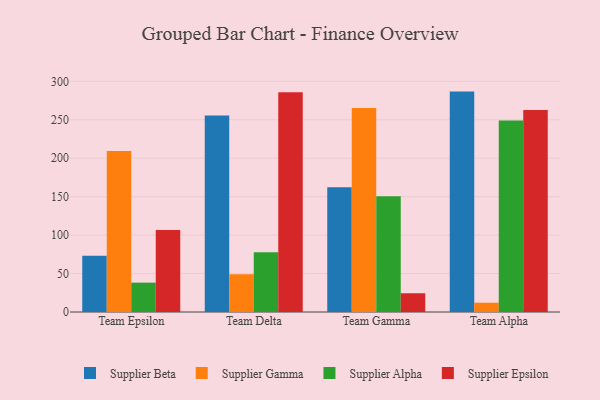
{"axis": {"x": "Team", "y": "Page Views"}, "legend": ["Supplier Alpha", "Supplier Beta", "Supplier Epsilon", "Supplier Gamma"], "data": [{"x": "Team Epsilon", "y": 73.1, "type": "Supplier Beta"}, {"x": "Team Epsilon", "y": 209.4, "type": "Supplier Gamma"}, {"x": "Team Epsilon", "y": 38.2, "type": "Supplier Alpha"}, {"x": "Team Epsilon", "y": 106.7, "type": "Supplier Epsilon"}, {"x": "Team Delta", "y": 255.5, "type": "Supplier Beta"}, {"x": "Team Delta", "y": 49.0, "type": "Supplier Gamma"}, {"x": "Team Delta", "y": 77.8, "type": "Supplier Alpha"}, {"x": "Team Delta", "y": 285.8, "type": "Supplier Epsilon"}, {"x": "Team Gamma", "y": 162.4, "type": "Supplier Beta"}, {"x": "Team Gamma", "y": 265.5, "type": "Supplier Gamma"}, {"x": "Team Gamma", "y": 150.7, "type": "Supplier Alpha"}, {"x": "Team Gamma", "y": 24.4, "type": "Supplier Epsilon"}, {"x": "Team Alpha", "y": 286.7, "type": "Supplier Beta"}, {"x": "Team Alpha", "y": 12.1, "type": "Supplier Gamma"}, {"x": "Team Alpha", "y": 249.0, "type": "Supplier Alpha"}, {"x": "Team Alpha", "y": 262.8, "type": "Supplier Epsilon"}]}